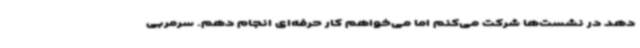
دهد در نشست‌ها شرکت می‌کنم اما می‌خواهم کار حرفه‌ای انجام دهم. سرمربی